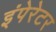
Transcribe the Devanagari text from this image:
इंपेरेटर